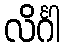
လိင်္ဂါ